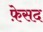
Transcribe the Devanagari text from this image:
फ़ेसद